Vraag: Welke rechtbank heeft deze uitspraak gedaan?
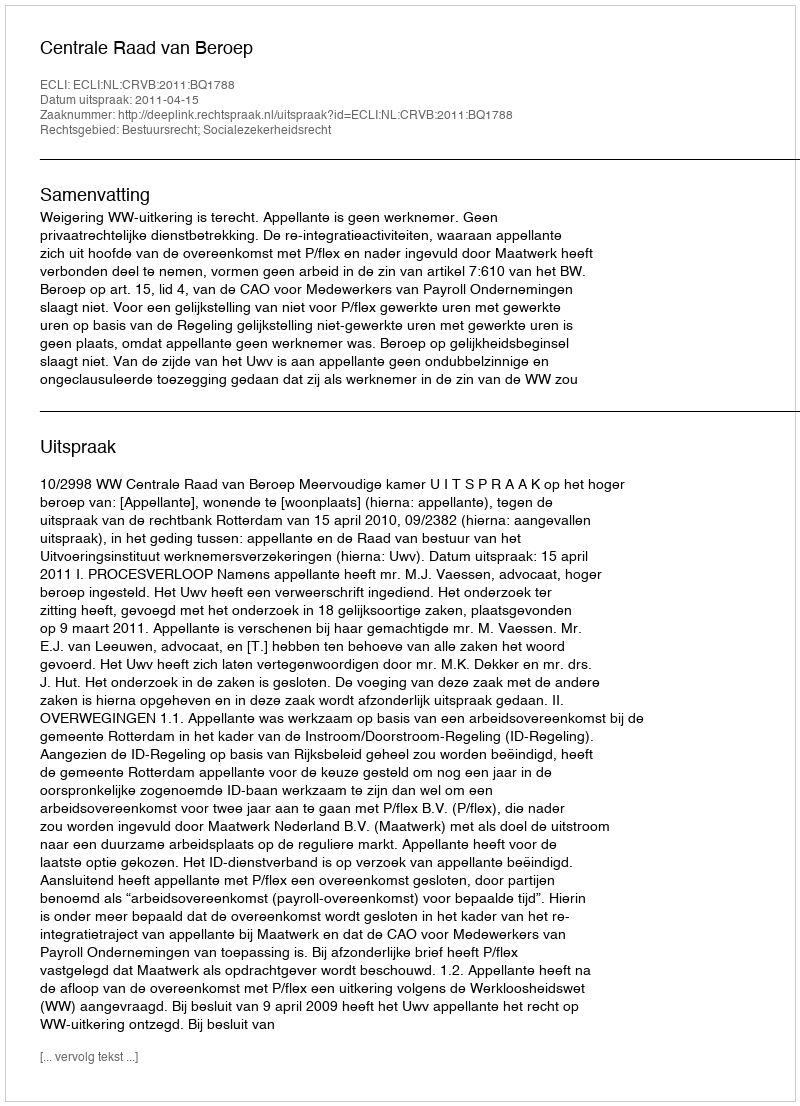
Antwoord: Centrale Raad van Beroep